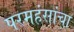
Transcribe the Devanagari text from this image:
परमहंसांचा